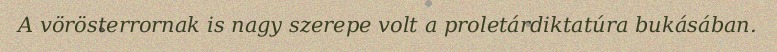
A vörösterrornak is nagy szerepe volt a proletárdiktatúra bukásában.